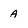
Character: a